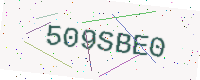
Text: 509SBE0